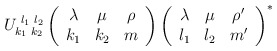
\begin{align*}U_{k_1\,\,k_2}^{\,\,l_1\,\,l_2}\left(\begin{array}{ccc} \lambda & \mu & \rho \\k_1 & k_2 & m \end{array} \right)\left( \begin{array}{ccc} \lambda & \mu & \rho' \\l_1 & l_2 & m' \end{array}\right)^{\ast}\end{align*}